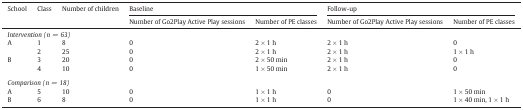
| <ROWSPAN=2> School | <ROWSPAN=2> Class | <ROWSPAN=2> Number of children | <COLSPAN=2> Baseline | <COLSPAN=2> Follow-up |
 | Number of Go2Play Active Play sessions | Number of PE classes | Number of Go2Play Active Play sessions | Number of PE classes |
 | --- | --- | --- | --- | --- | --- | --- |
 | <COLSPAN=7> Intervention (n = 63) |
 | <ROWSPAN=2> A | 1 | 8 | 0 | 2 × 1 h | 2 × 1 h | 0 |
 | 2 | 25 | 0 | 2 × 1 h | 2 × 1 h | 1 × 1 h |
 | <ROWSPAN=2> B | 3 | 20 | 0 | 2 × 50 min | 2 × 1 h | 0 |
 | 4 | 10 | 0 | 1 × 50 min | 2 × 1 h | 0 |
 | <COLSPAN=7>  |
 | <COLSPAN=7> Comparison (n = 18) |
 | A | 5 | 10 | 0 | 1 × 1 h | 0 | 1 × 50 min |
 | B | 6 | 8 | 0 | 1 × 1 h | 0 | 1 × 40 min, 1 × 1 h |